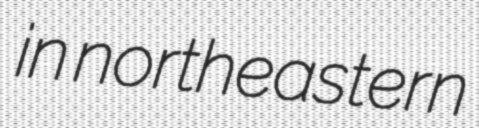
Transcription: in northeastern